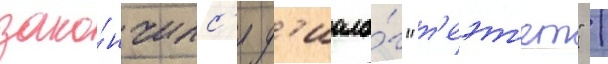
зако́нчилс'я д'иало́г "т'еэт'ет" /